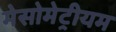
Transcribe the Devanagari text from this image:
मेसोमेट्रीयम